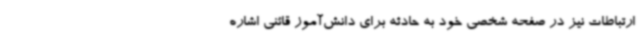
ارتباطات نیز در صفحه شخصی خود به حادثه برای دانش‌آموز قائنی اشاره